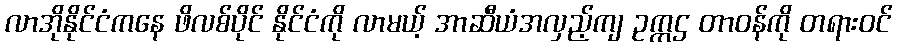
လာအိုနိုင်ငံကနေ ဖိလစ်ပိုင် နိုင်ငံကို လာမယ့် အာဆီယံအလှည့်ကျ ဥက္ကဌ တာဝန်ကို တရားဝင်